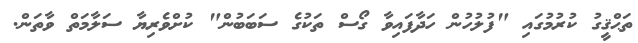
ތަޙްޤީގު ކުރުމުގައި "ފުލުހުން ހަދާފައިވާ ގޯސް ތަކުގެ ސަބަބުން" ކުށްވެރިޔާ ސަލާމަތް ވާތަން.